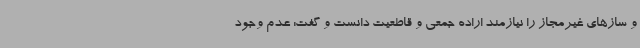
و سازهای غیرمجاز را نیازمند اراده جمعی و قاطعیت دانست و گفت: عدم وجود